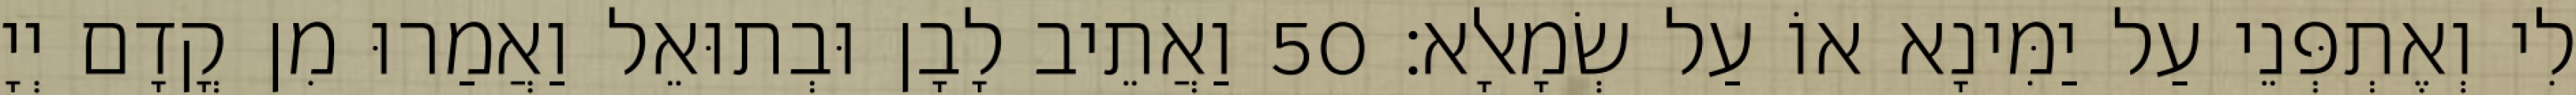
לִי וְאֶתְפְּנֵי עַל יַמִּינָא אוֹ עַל שְׂמָאלָא׃ 50 וַאֲתֵיב לָבָן וּבְתוּאֵל וַאֲמַרוּ מִן קֳדָם יְיָ